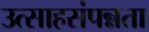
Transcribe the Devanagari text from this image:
उत्साहसंपन्नता